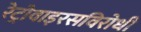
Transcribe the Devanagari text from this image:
रेट्रोवाइरसविरोधी